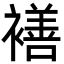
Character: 𮖯